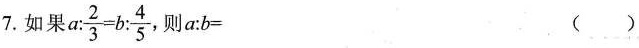
7.如果$$a : \frac { 2 } { 3 } = b : \frac { 4 } { 5 }$$ $$a : b = ( )$$